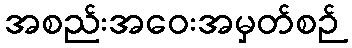
အစည်းအဝေးအမှတ်စဉ်